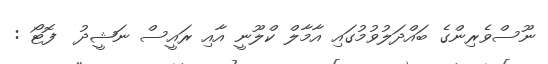
ނޫސްވެރިންގެ ބައްދަލުވުމުގައި އާމާލް ކްލޫނީ އާއި ރައީސް ނަޝީދު  ފޮޓޯ :